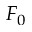
F _ { 0 }